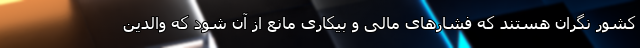
کشور نگران هستند که فشارهای مالی و بیکاری مانع از آن شود که والدین